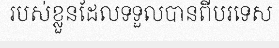
របស់ខ្លួនដែលទទួលបានពីបរទេស